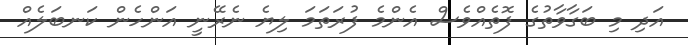
އަދި މި ބަގާވާތުގެ ފޮތެއްވެސް އެންމެ ފުރަތަމަ ލިޔެ ނެރޭނީ އަންހެން ކަނބަލެއް